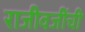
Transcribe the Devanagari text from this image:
राजीवजींची